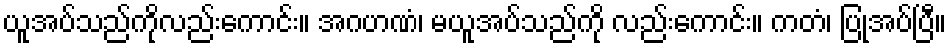
ယူအပ်သည်ကိုလည်းကောင်း။ အဂဟဏံ၊ မယူအပ်သည်ကို လည်းကောင်း။ ကတံ၊ ပြုအပ်ပြီ။